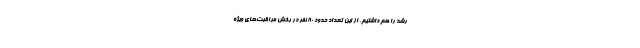
رشد را هم داشتیم. از این تعداد حدود ۸۰ نفر در بخش مراقبت‌های ویژه